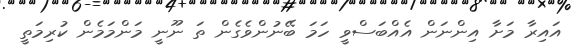
އައިރާ މަށާ އިންނަން އެއްބަސްވީ ހަމަ ބޭނުންވެގެން ތަ ނޫނީ މަންމަމެން ކުރިމަތީ